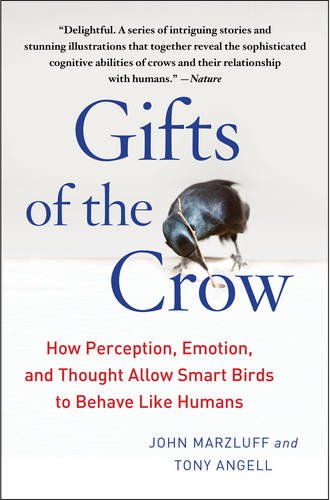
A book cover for Gifts of the Crow: How Perception, Emotion, and Thought Allow Smart Birds to Behave Like Humans; John Marzluff Ph.D.; Science & Math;